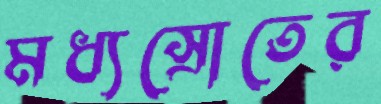
মধ্যস্রোতের